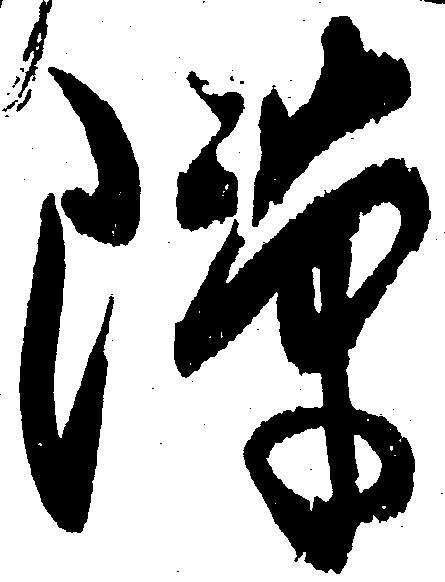
隙